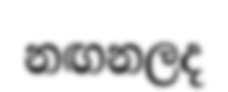
නඟනලද